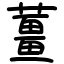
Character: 薑